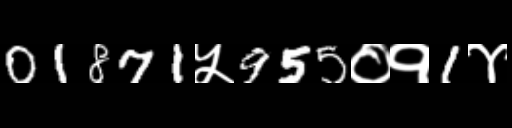
Text: 01871५955०१1४